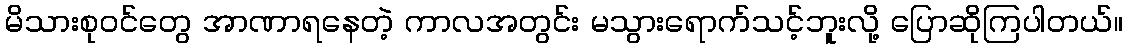
မိသားစုဝင်တွေ အာဏာရနေတဲ့ ကာလအတွင်း မသွားရောက်သင့်ဘူးလို့ ပြောဆိုကြပါတယ်။